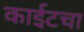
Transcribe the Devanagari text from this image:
काईटचा